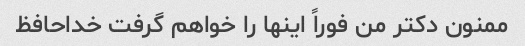
ممنون دکتر من فوراً اینها را خواهم گرفت خداحافظ